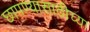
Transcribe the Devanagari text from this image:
छापण्यासाठीच्या